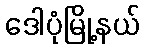
ဒေါပုံမြို့နယ်